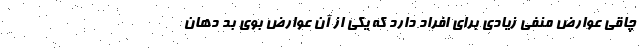
چاقی عوارض منفی زیادی برای افراد دارد که یکی از آن عوارض بوی بد دهان